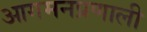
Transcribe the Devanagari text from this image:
आगमनप्रणाली